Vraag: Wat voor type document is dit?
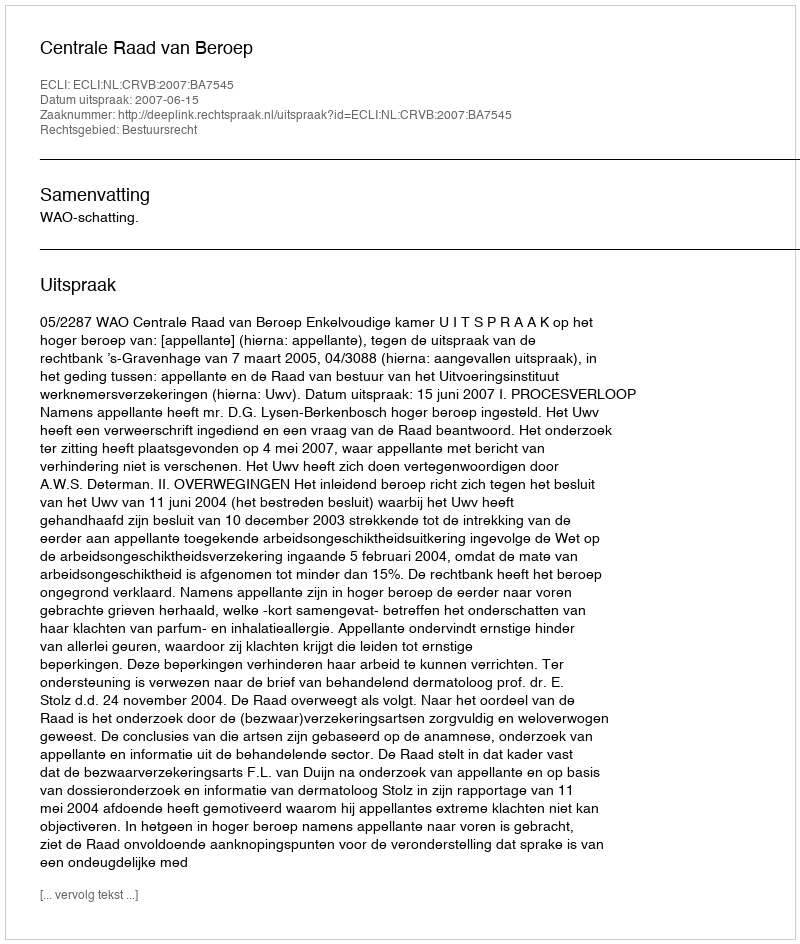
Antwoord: Uitspraak